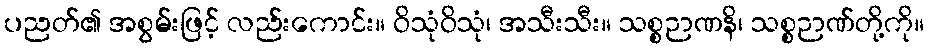
ပညတ်၏ အစွမ်းဖြင့် လည်းကောင်း။ ဝိသုံဝိသုံ၊ အသီးသီး။ သစ္စဉာဏနိ၊ သစ္စဉာဏ်တို့ကို။